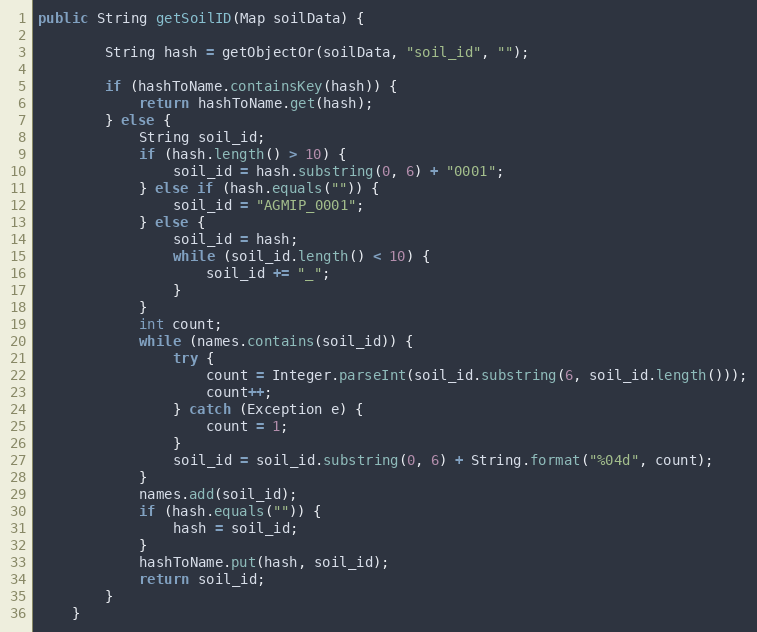
Language: Java
public String getSoilID(Map soilData) {

        String hash = getObjectOr(soilData, "soil_id", "");

        if (hashToName.containsKey(hash)) {
            return hashToName.get(hash);
        } else {
            String soil_id;
            if (hash.length() > 10) {
                soil_id = hash.substring(0, 6) + "0001";
            } else if (hash.equals("")) {
                soil_id = "AGMIP_0001";
            } else {
                soil_id = hash;
                while (soil_id.length() < 10) {
                    soil_id += "_";
                }
            }
            int count;
            while (names.contains(soil_id)) {
                try {
                    count = Integer.parseInt(soil_id.substring(6, soil_id.length()));
                    count++;
                } catch (Exception e) {
                    count = 1;
                }
                soil_id = soil_id.substring(0, 6) + String.format("%04d", count);
            }
            names.add(soil_id);
            if (hash.equals("")) {
                hash = soil_id;
            }
            hashToName.put(hash, soil_id);
            return soil_id;
        }
    }